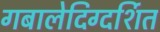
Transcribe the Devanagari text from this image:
गबालेदिग्दर्शित